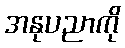
အနုပညာကို